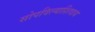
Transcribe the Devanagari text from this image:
सोपविल्याशिवाय